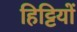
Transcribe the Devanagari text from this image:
हिट्टियों